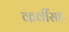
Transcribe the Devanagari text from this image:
कवींसह